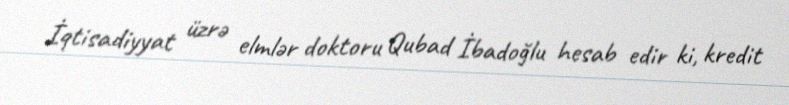
İqtisadiyyat üzrə elmlər doktoru Qubad İbadoğlu hesab edir ki, kredit